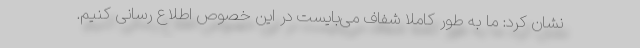
نشان کرد: ما به طور کاملا شفاف می‌بایست در این خصوص اطلاع رسانی کنیم.